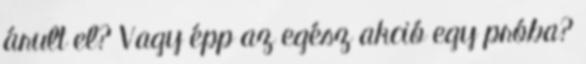
árult el? Vagy épp az egész akció egy próba?